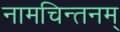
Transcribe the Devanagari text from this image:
नामचिन्तनम्